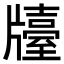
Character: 𤗿